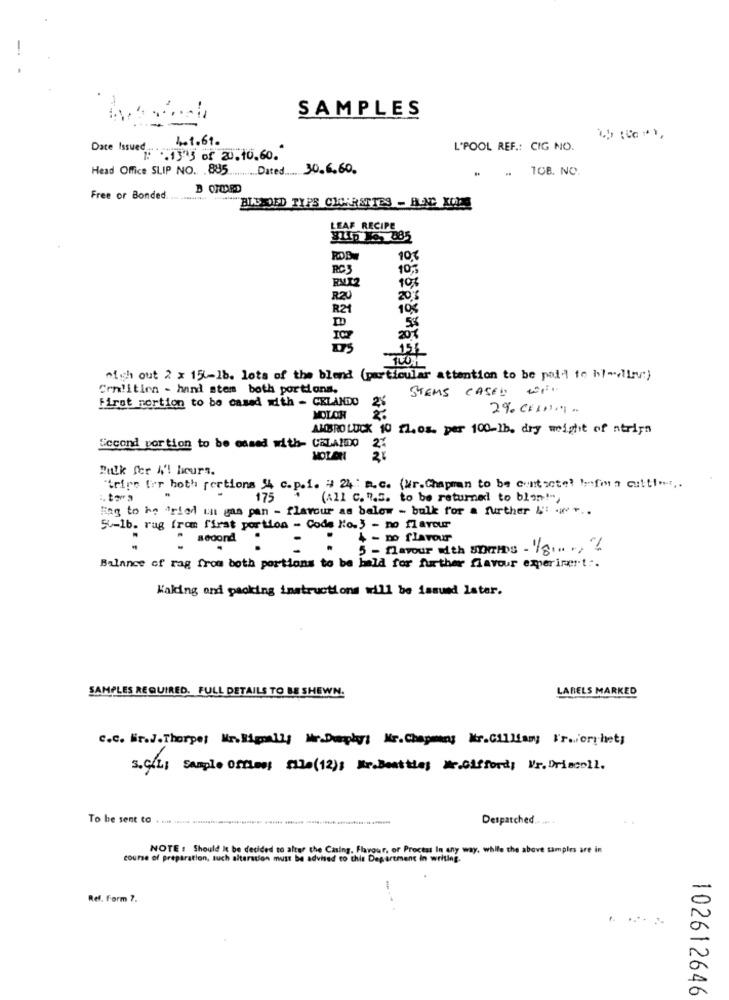
SAMPLES
4.1.61.
Date Issued
L'POOL REF .: CIG NO.
₡: . 135 of 20.10.60.
Head Office SLIP NO. 885 Dated 30.6.60.
. .. 108. NO.
Free or Bonded. ............. . TU DD TYPE CH-RETTES - BLNG XONS
LEAF RECIPE
103
RC3
10,3
EVT2
10,
RZU
20
R21
10%
20
154
mich out 2 x 15-1b. lots of the blend (particular attention to be paid fo hl-lirv:)
Crn!itien - hand stem both portions.
STEMS CASED WIL
Firat nortion to be cased with - CELANDO
2% CELDIT.
MOLON
AMBRO LUCK 10 12.os. per 100-lb. dry weight of strips
Second portion to be ossed with- CALANDO
2
MOLEN
Bulk for 4't hours.
"tripe for both portions 34 c.p.1. # 24 a.c. (Mr.Chapman to be contactel beefma culti.
175
(All C. ".3. to be returned to blan !-,
Bag to hn fried ts gas pan - flavour as below - bulk for a further " ww.
5-1b. rag from first portion - Code Ko-3 - no flavour
· second .
-
4 - no flavour
5 - navour with SYmis - 18 ., %
Balance of rag from both portions to be bald for further flavour experiment :.
Kaking and packing instructions will be issued later.
SAMPLES REQUIRED. FULL DETAILS TO BE SHEWN.
LABELS MARKED
c.C. Wir.J.Thorpe: Mr.Bigmally Mr.Dephy: Mr. Chapmans Mr.Cillamg Fre oryhet;
s.C/L; Sample Office; File(12); Mr.Beattles Mr.Giffords Nr. Driscoll.
To be sent to . ....
Despatched
NOTE : Should It be decided to alter the Casing, Flavour, of Process In any way, while the above samples are in
course of preparation, such alteration must be advised to this Department in writing
Ref. Form ?.
102612646